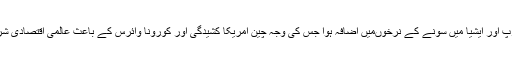
23 مئی (اے پی پی) امریکا، یورپ اور ایشیا میں سونے کے نرخوںمیں اضافہ ہوا جس کی وجہ چین امریکا کشیدگی اور کورونا وائرس کے باعث عالمی اقتصادی شرح نمو سست رہنے کا امکان ہے۔